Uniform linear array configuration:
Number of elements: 4
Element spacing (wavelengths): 1
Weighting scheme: hamming
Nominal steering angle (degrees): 30
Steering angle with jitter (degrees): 30.374
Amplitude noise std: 0.05
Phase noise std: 0.05

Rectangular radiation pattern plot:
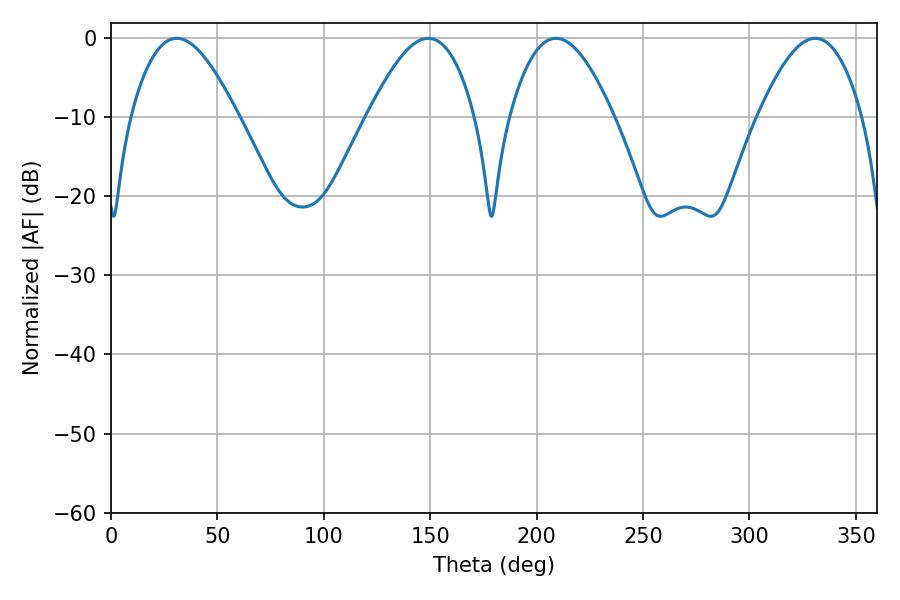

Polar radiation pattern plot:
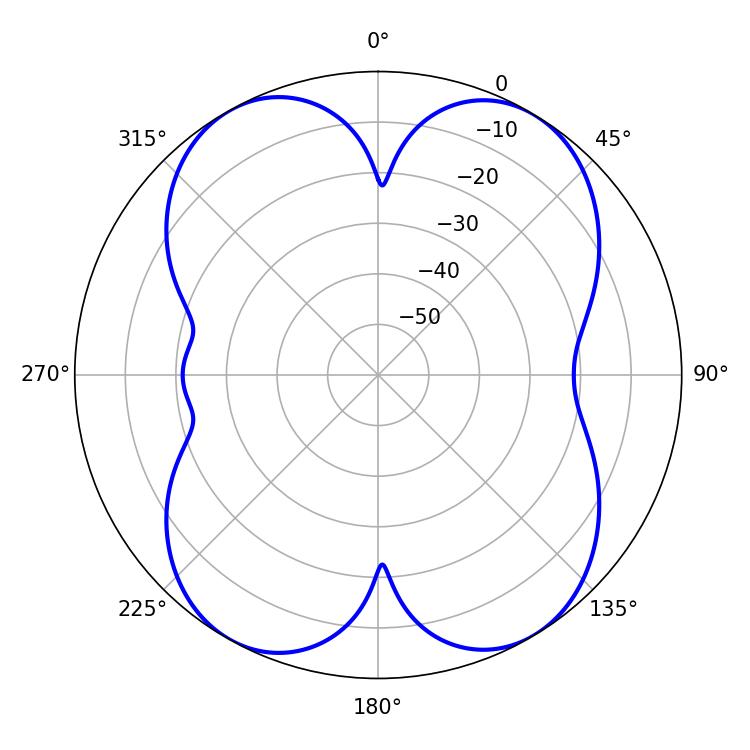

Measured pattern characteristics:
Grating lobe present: TRUE
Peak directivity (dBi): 15.772
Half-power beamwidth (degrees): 27.18
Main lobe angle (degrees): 149.04